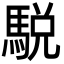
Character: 駾